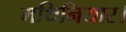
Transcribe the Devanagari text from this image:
मथिनियार।